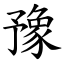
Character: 豫